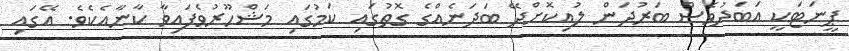
ޕީނަޓަކީ އަބަދުވެސް ބަރުދަން ލުއިކޮށްދޭ ބަދަނެއްގެ ގޮތުގައި ކަމުގައި މަޝްހޫރުވެފައިވާ ކާނާއެކެވެ. އޭގައި